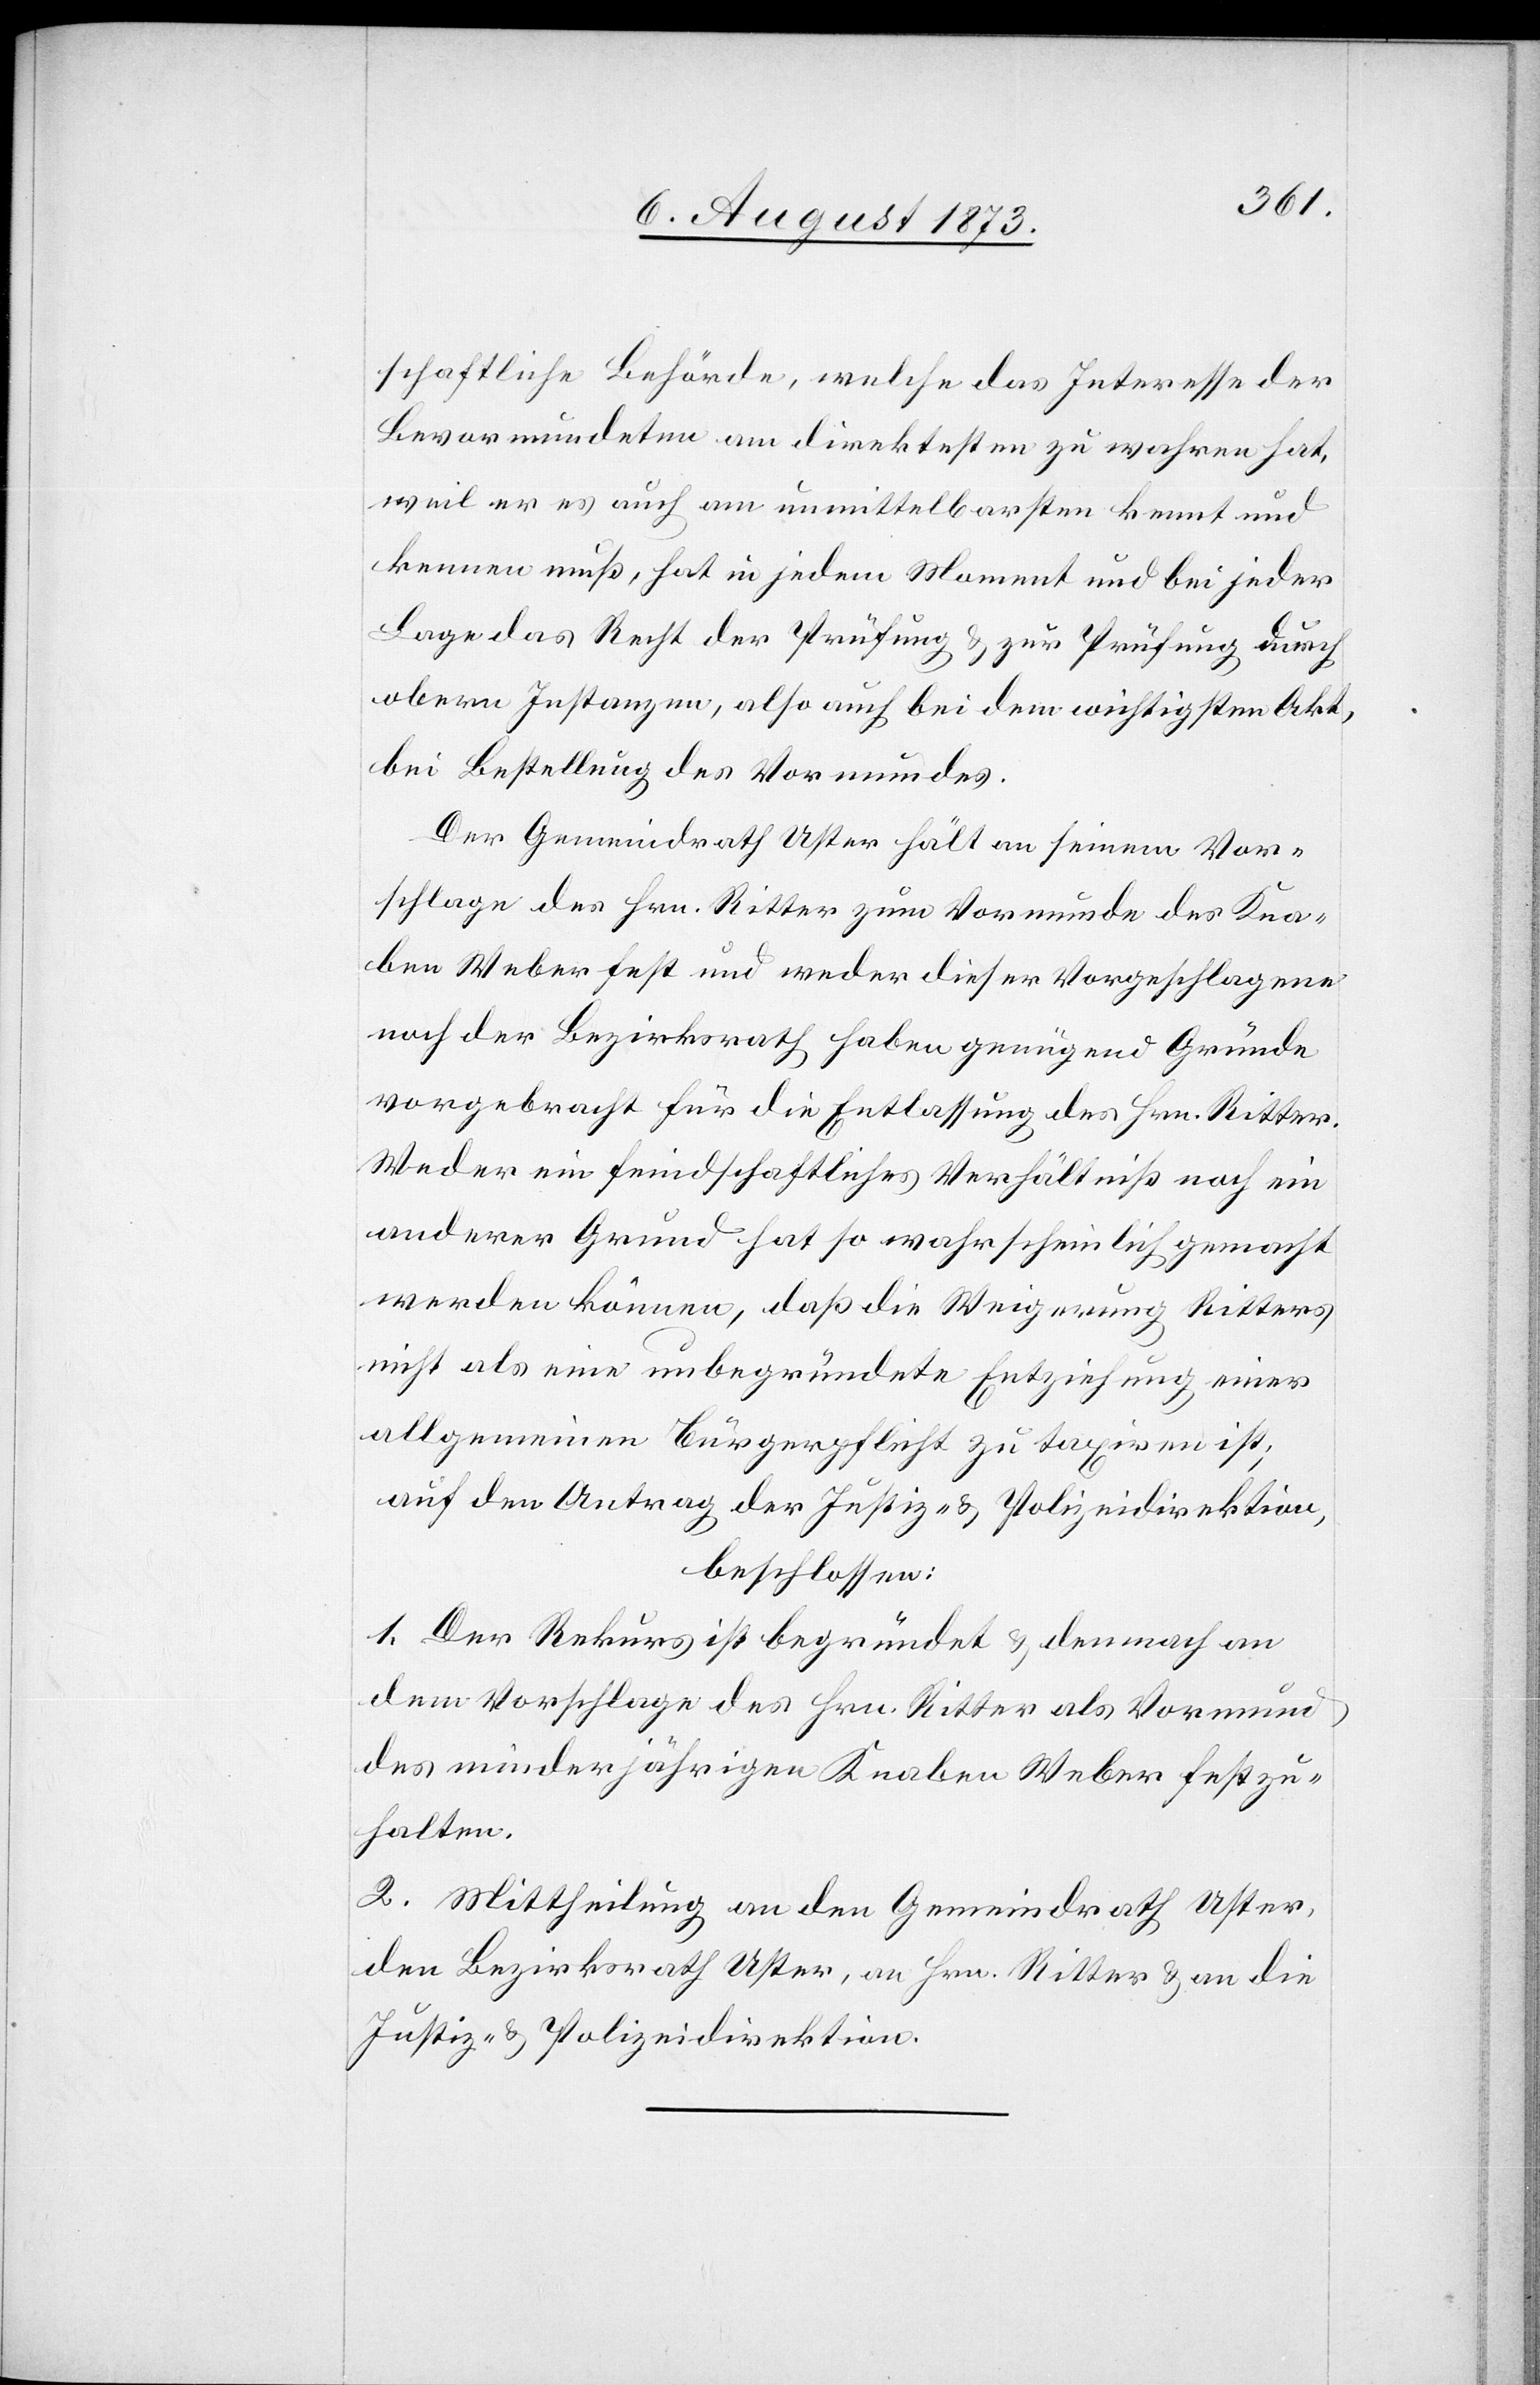
schaftliche Behörde, welche das Interesse der
Bevormundeten am direktesten zu wahren hat,
weil er es auch am unmittelbarsten kennt und
kennen muß, hat in jedem Moment und bei jeder
Lage das Recht der Prüfung & zur Prüfung durch
obere Instanzen, also auch bei dem wichtigsten Akt,
bei Bestellung des Vormundes.
Der Gemeindrath Uster hält an seinem Vor¬
schlage des Hrn. Ritter zum Vormunde des Kna¬
ben Weber fest und weder dieser Vorgeschlagene
noch der Bezirksrath haben genügend Gründe
vorgebracht für die Entlassung des Hrn. Ritter.
Weder ein feindschaftliches Verhältniß noch ein
anderer Grund hat so wahrscheinlich gemacht
werden können, daß die Weigerung Ritters
nicht als eine unbegründete Entziehung einer
allgemeinen Bürgerpflicht zu taxiren ist:
auf den Antrag der Justiz- & Polizeidirektion,
beschlossen:
1. Der Rekurs ist begründet & demnach an
dem Vorschlage des Hrn. Ritter als Vormund
des minderjährigen Knaben Weber festzu¬
halten.
2. Mittheilung an den Gemeindrath Uster,
den Bezirksrath Uster, an Hrn. Ritter & an die
Justiz- & Polizeidirektion.